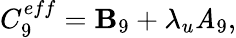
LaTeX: C_{9}^{eff}=\mathbf{B}_{9}+\lambda_{u}\mathit{A}_{9},